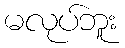
မလုပ်ဘူး